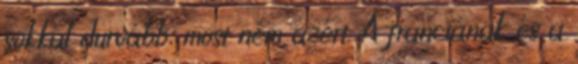
sokkal durvább, most nem azért. A franciának és a